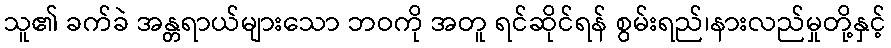
သူ၏ ခက်ခဲ အန္တရာယ်များသော ဘဝကို အတူ ရင်ဆိုင်ရန် စွမ်းရည်၊နားလည်မှုတို့နှင့်